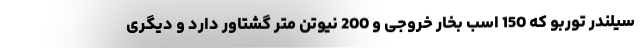
سیلندر توربو که 150 اسب بخار خروجی و 200 نیوتن متر گشتاور دارد و دیگری